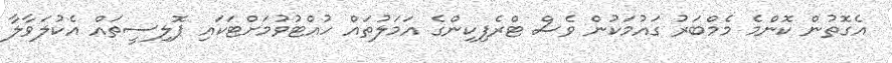
އެގޮތުން ކޮންމެ މެމްބަރު ގައުމަކުން ވެސް ޓްރެފިކިންގެ އަމަލުތައް ހުއްޓުވުމަށްޓަކައި ޕޮލިސީތައް އެކުލަވާލާ